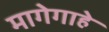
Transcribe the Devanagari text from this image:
मागेगाहे